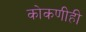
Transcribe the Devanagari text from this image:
कोकणीही